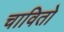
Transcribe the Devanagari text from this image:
चावितो